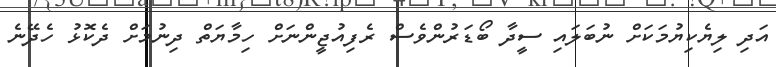
އަދި ލިޔެކިޔުމަކަށް ނުބަލައި ސީދާ ބޯޑަރުންވެސް ރެފިއުޖީންނަށް ހިމާޔަތް ދިނުމަށް ދެކޮޅު ހެދޭނެ